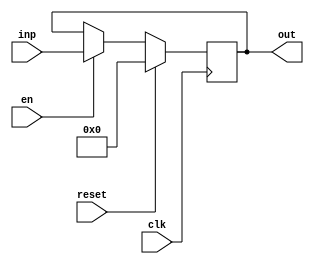
module registerNbits #(parameter N = 32) (clk,reset,en, inp, out);
	input clk,reset,en;
	output  reg signed[N-1:0] out;
	input signed [N-1:0] inp;
	always @(posedge clk)
		begin
			if (reset) 
				out <= 'b0;
			else if(en)
				out <= inp;
			
		end
endmodule

module Booth(inputA,inputB,result,clk,reset,en,start);
input [31:0] inputA; //Multiplier
input [31:0] inputB; //Multiplicand
input clk,en,reset,start;
output [63:0] result;

reg [31:0] M1;
reg [31:0] M2;

reg [63:0] Acc; //Accumlating sum
reg[63:0] partialProd;
reg [32:0]Q; //Multiplicand 0 to check bits

reg [63:0] extended_M;
reg [63:0] extended_M_mul_neg_one;

reg[31:0] shifted_M;
reg [31:0] OnesComplement;
reg [31:0] twosComplement;

reg signed [5:0] i; //counter
 

wire [31:0] A_reg;
wire [31:0] B_reg;
reg [63:0] out_reg;

registerNbits #(32) regA (clk,reset,en,inputA, A_reg);
registerNbits #(32) regB (clk,reset,en,inputB, B_reg);
registerNbits #(64) regOut (clk,reset,en,out_reg,result);

always @ (posedge clk)
begin
	if(start)
	begin
	M1=A_reg;
	M2=B_reg;
	
	Acc=64'b0;
	i=6'b000000;
	Q={M2,1'b0};

	extended_M={{32{M1[31]}},M1};

	OnesComplement=~M1;
	twosComplement=OnesComplement+1;
	extended_M_mul_neg_one={{32{twosComplement[31]}},twosComplement};

	
	end
else
begin
   	if(i == 'd32)
   	begin
        out_reg=Acc;                              
    	end

	else
	begin
		if(i<32)
		begin
		case ({Q[i+1],Q[i]})
			2'b00: partialProd= 64'b0;
			2'b01: partialProd=extended_M<<i;
			2'b10: partialProd=extended_M_mul_neg_one<<i; //*-1
			2'b11: partialProd= 64'b0;
		endcase

		Acc=Acc+(partialProd);
		i=i+1;
		end
	end
end
end
endmodule